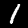
Digit: 1